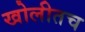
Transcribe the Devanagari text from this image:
खोलीतच